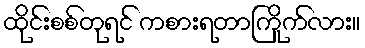
ထိုင်းစစ်တုရင် ကစားရတာကြိုက်လား။